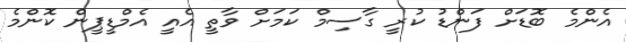
އެންމެ ބޮޑަށް ފަންޑު ކުރީ ގާސިމް ކަމަށް ވާތީ އެއީ އެމްޑީޕީން ކޮންމެ